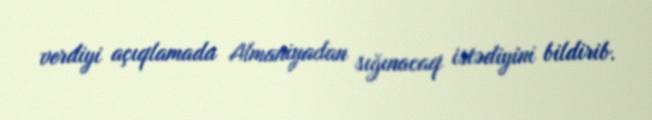
verdiyi açıqlamada Almaniyadan sığınacaq istədiyini bildirib.